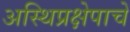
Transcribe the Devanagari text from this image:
अस्थिप्रक्षेपाचें